Vaccination in Bombay 1856-1862 - 1856-1862
Year: 1856
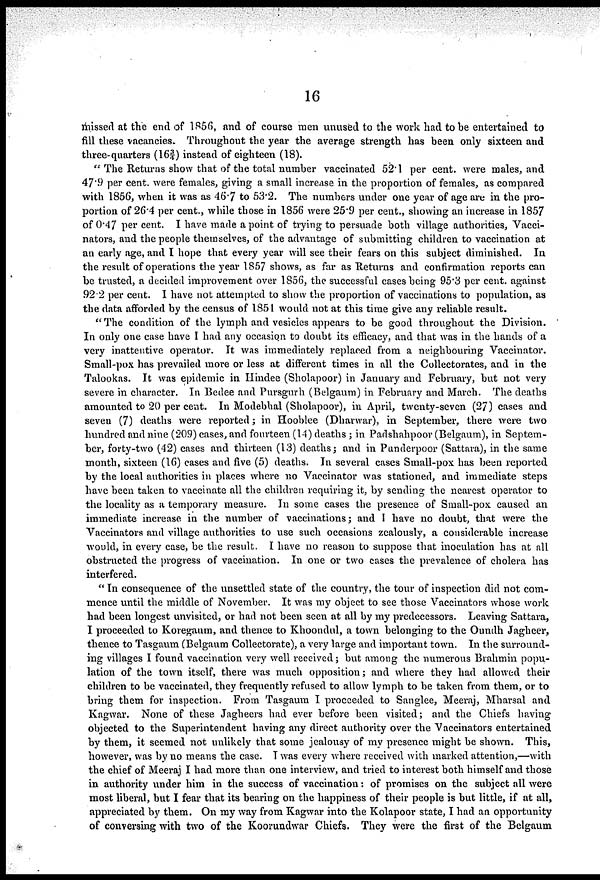
16
missed at the end of 1856, and of course men unused to the work had to be entertained to
fill these vacancies. Throughout the year the average strength has been only sixteen and
three-quarters (16¾) instead of eighteen (18).
"The Returns show that of the total number vaccinated 52.1 per cent. were males, and
47.9 per cent. were females, giving a small increase in the proportion of females, as compared
with 1856, when it was as 46.7 to 53.2. The numbers under one year of age are in the pro-
portion of 26.4 per cent., while those in 1856 were 25.9 per cent., showing an increase in 1857
of 0.47 per cent. I have made a point of trying to persuade both village authorities, Vacci-
nators, and the people themselves, of the advantage of submitting children to vaccination at
an early age, and I hope that every year will see their fears on this subject diminished. In
the result of operations the year 1857 shows, as far as Returns and confirmation reports can
be trusted, a decided improvement over 1856, the successful cases being 95.3 per cent. against
92.2 per cent. I have not attempted to show the proportion of vaccinations to population, as
the data afforded by the census of 1851 would not at this time give any reliable result.
"The condition of the lymph and vesicles appears to be good throughout the Division.
In only one case have I had any occasion to doubt its efficacy, and that was in the hands of a
very inattentive operator. It was immediately replaced from a neighbouring Vaccinator.
Small-pox has prevailed more or less at different times in all the Collectorates, and in the
Talookas. It was epidemic in Hindee (Sholapoor) in January and February, but not very
severe in character. In Bedee and Pursgurh (Belgaum) in February and March. The deaths
amounted to 20 per cent. In Modebhal (Sholapoor), in April, twenty-seven (27) cases and
seven (7) deaths were reported ; in Hooblee (Dharwar), in September, there were two
hundred and nine (209) cases, and fourteen (14) deaths ; in Padshahpoor (Belgaum), in Septem-
ber, forty-two (42) cases and thirteen (13) deaths; and in Punderpoor (Sattara), in the same
month, sixteen (16) cases and five (5) deaths. In several cases Small-pox has been reported
by the local authorities in places where no Vaccinator was stationed, and immediate steps
have been taken to vaccinate all the children requiring it, by sending the nearest operator to
the locality as a temporary measure. In some cases the presence of Small-pox caused an
immediate increase in the number of vaccinations; and I have no doubt, that were the
Vaccinators and village authorities to use such occasions zealously, a considerable increase
would, in every case, be the result. I have no reason to suppose that inoculation has at all
obstructed the progress of vaccination. In one or two cases the prevalence of cholera has
interfered.
"In consequence of the unsettled state of the country, the tour of inspection did not com-
mence until the middle of November. It was my object to see those Vaccinators whose work
had been longest unvisited, or had not been seen at all by my predecessors. Leaving Sattara,
I proceeded to Koregaum, and thence to Khoondul, a town belonging to the Oundh Jagheer,
thence to Tasgaum (Belgaum Collectorate), a very large and important town. In the surround-
ing villages I found vaccination very well received; but among the numerous Brahmin popu-
lation of the town itself, there was much opposition; and where they had allowed their
children to be vaccinated, they frequently refused to allow lymph to be taken from them, or to
bring them for inspection. From Tasgaum I proceeded to Sanglee, Meeraj, Mharsal and
Kagwar. None of these Jagheers had ever before been visited; and the Chiefs having
objected to the Superintendent having any direct authority over the Vaccinators entertained
by them, it seemed not unlikely that some jealousy of my presence might be shown. This,
however, was by no means the case. I was every where received with marked attention,—with
the chief of Meeraj I had more than one interview, and tried to interest both himself and those
in authority under him in the success of vaccination: of promises on the subject all were
most liberal, but I fear that its bearing on the happiness of their people is but little, if at all,
appreciated by them. On my way from Kagwar into the Kolapoor state, I had an opportunity
of conversing with two of the Koorundwar Chiefs. They were the first of the Belgaum